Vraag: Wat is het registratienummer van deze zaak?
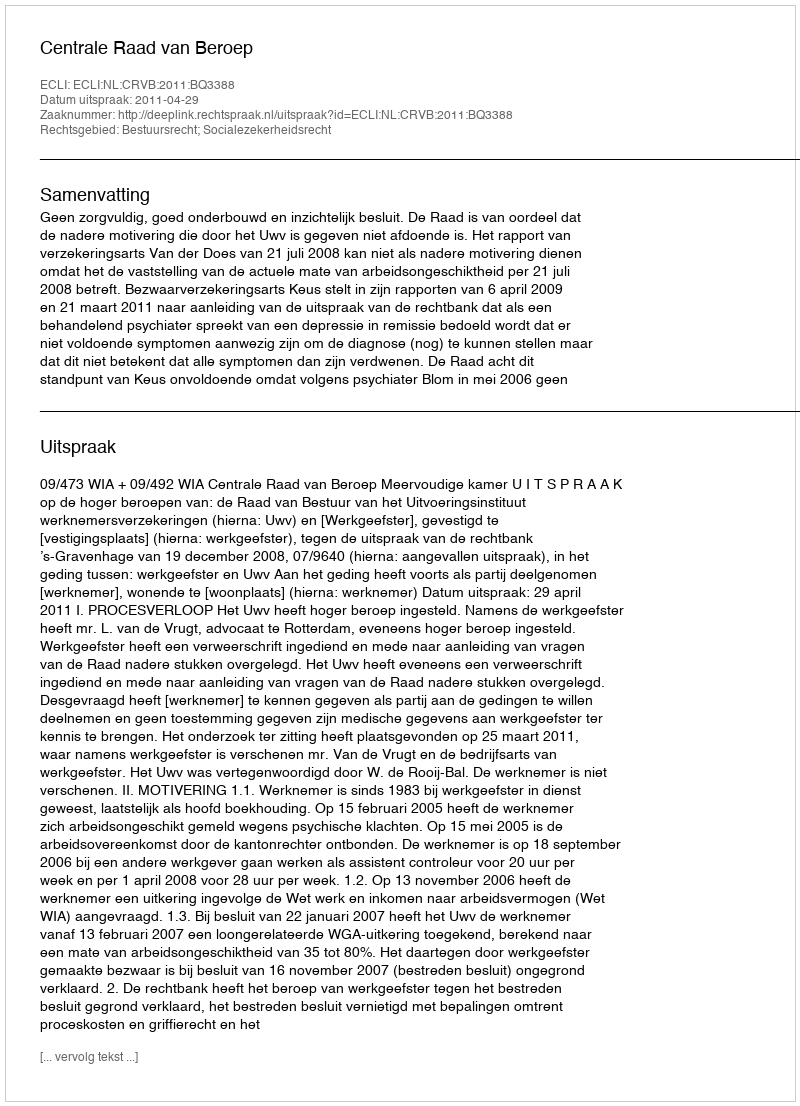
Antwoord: http://deeplink.rechtspraak.nl/uitspraak?id=ECLI:NL:CRVB:2011:BQ3388